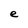
Character: e